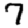
Digit: 7